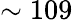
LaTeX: \sim 109